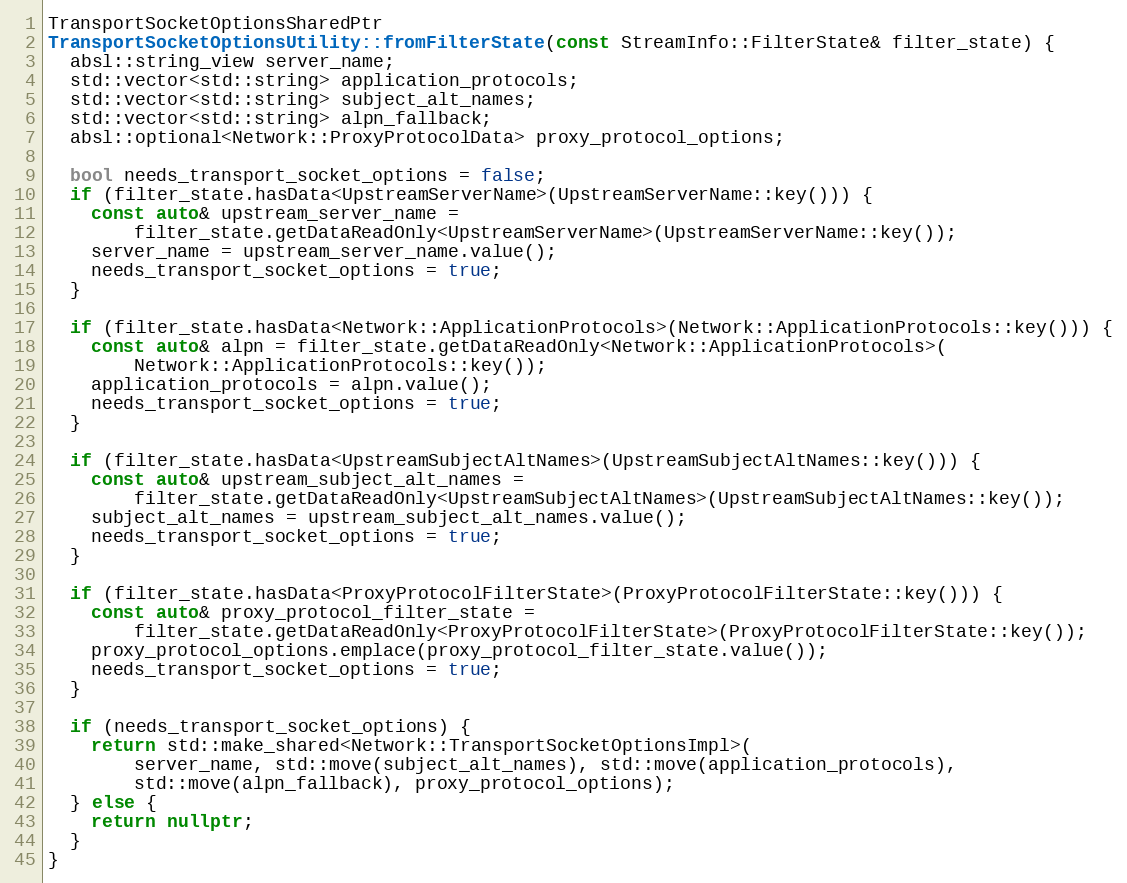
Language: C++
TransportSocketOptionsSharedPtr
TransportSocketOptionsUtility::fromFilterState(const StreamInfo::FilterState& filter_state) {
  absl::string_view server_name;
  std::vector<std::string> application_protocols;
  std::vector<std::string> subject_alt_names;
  std::vector<std::string> alpn_fallback;
  absl::optional<Network::ProxyProtocolData> proxy_protocol_options;

  bool needs_transport_socket_options = false;
  if (filter_state.hasData<UpstreamServerName>(UpstreamServerName::key())) {
    const auto& upstream_server_name =
        filter_state.getDataReadOnly<UpstreamServerName>(UpstreamServerName::key());
    server_name = upstream_server_name.value();
    needs_transport_socket_options = true;
  }

  if (filter_state.hasData<Network::ApplicationProtocols>(Network::ApplicationProtocols::key())) {
    const auto& alpn = filter_state.getDataReadOnly<Network::ApplicationProtocols>(
        Network::ApplicationProtocols::key());
    application_protocols = alpn.value();
    needs_transport_socket_options = true;
  }

  if (filter_state.hasData<UpstreamSubjectAltNames>(UpstreamSubjectAltNames::key())) {
    const auto& upstream_subject_alt_names =
        filter_state.getDataReadOnly<UpstreamSubjectAltNames>(UpstreamSubjectAltNames::key());
    subject_alt_names = upstream_subject_alt_names.value();
    needs_transport_socket_options = true;
  }

  if (filter_state.hasData<ProxyProtocolFilterState>(ProxyProtocolFilterState::key())) {
    const auto& proxy_protocol_filter_state =
        filter_state.getDataReadOnly<ProxyProtocolFilterState>(ProxyProtocolFilterState::key());
    proxy_protocol_options.emplace(proxy_protocol_filter_state.value());
    needs_transport_socket_options = true;
  }

  if (needs_transport_socket_options) {
    return std::make_shared<Network::TransportSocketOptionsImpl>(
        server_name, std::move(subject_alt_names), std::move(application_protocols),
        std::move(alpn_fallback), proxy_protocol_options);
  } else {
    return nullptr;
  }
}